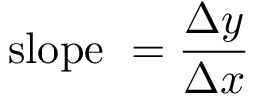
{ \mathrm { s l o p e ~ } } = { \frac { \Delta y } { \Delta x } }